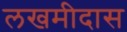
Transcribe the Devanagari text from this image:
लखमीदास